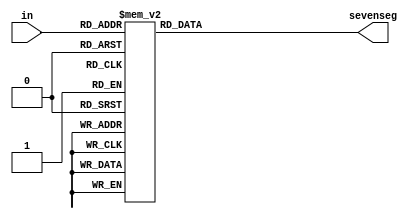
module sevenseg(
	input [3:0] in,
	output reg [6:0] sevenseg
);

initial
begin
	sevenseg = 0;
end
always @(*)
	begin
	case(in)
		4'h0: sevenseg[6:0] = 7'b1000000;
		4'h1: sevenseg[6:0] = 7'b1111001;
		4'h2: sevenseg[6:0] = 7'b0100100;
		4'h3: sevenseg[6:0] = 7'b0110000;
		4'h4: sevenseg[6:0] = 7'b0011001;
		4'h5: sevenseg[6:0] = 7'b0010010;
		4'h6: sevenseg[6:0] = 7'b0000010;
		4'h7: sevenseg[6:0] = 7'b1111000;
		4'h8: sevenseg[6:0] = 7'b0000000;
		4'h9: sevenseg[6:0] = 7'b0010000;
		default: sevenseg[6:0] = 7'b1111111;
	endcase
	end
endmodule